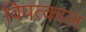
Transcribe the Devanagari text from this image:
विपत्काल